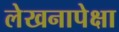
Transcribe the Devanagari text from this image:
लेखनापेक्षा